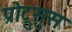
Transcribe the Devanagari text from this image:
प्रोट्रुसुस